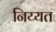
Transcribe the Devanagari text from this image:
निय्यत